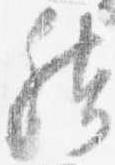
然